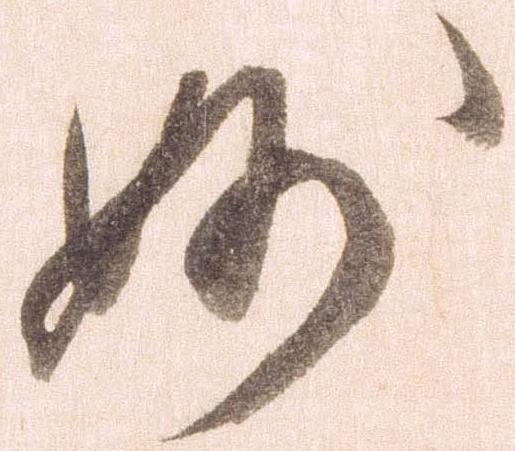
妙